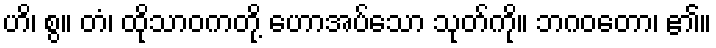
ဟိ၊ စွ။ တံ၊ ထိုသာဝကတို့ ဟောအပ်သော သုတ်ကို။ ဘဂဝတော၊ ၏။